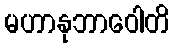
မဟာနုဘာဝေါတိ